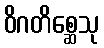
ဝိဂတိစ္ဆေသု